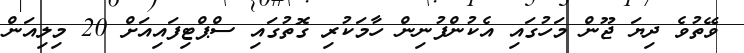
ވޭތުވެ ދިޔަ ޖޫން މަހުގައި އެކުންފުނިން ހާމަކުރި ގޮތުގައި ސްޕްޓިފައިއަށް 20 މިލިއަން